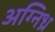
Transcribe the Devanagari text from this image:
अग्निध्र